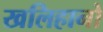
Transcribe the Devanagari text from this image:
खलिहानो